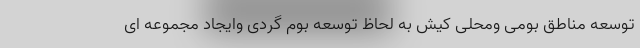
توسعه مناطق بومی ومحلی کیش به لحاظ توسعه بوم گردی وایجاد مجموعه ای